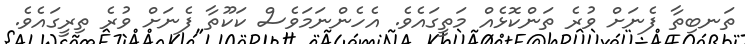
ތަނބިތާ ފެނަށް ވުރެ ތަންކޮޅެއް މަތީގައެވެ. އެހެންނަމަވެސް ކަކޫތާ ފެނަށް ވުރެ ތިރީގައެވެ.